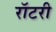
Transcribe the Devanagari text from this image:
रॉटरी